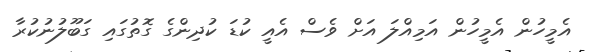
އެމީހުން އެމީހުން އަމިއްލަ އަށް ވެސް އެއީ ކުޑަ ކުދިންގެ ގޮތުގައި ގަބޫލުނުކުރާ